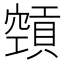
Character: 𥨨